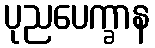
ပုညပေက္ခာန